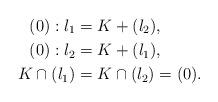
LaTeX: \begin{align*}(0):l_1 &=K+(l_2),\\(0):l_2 &=K+(l_1),\\K\cap (l_1) &= K\cap (l_2)=(0).\end{align*}